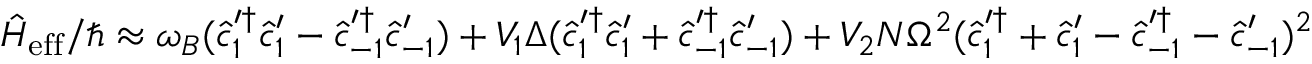
\hat { H } _ { \mathrm { e f f } } / \hbar \approx \omega _ { B } ( \hat { c } _ { 1 } ^ { \prime \dagger } \hat { c } _ { 1 } ^ { \prime } - \hat { c } _ { - 1 } ^ { \prime \dagger } \hat { c } _ { - 1 } ^ { \prime } ) + V _ { 1 } \Delta ( \hat { c } _ { 1 } ^ { \prime \dagger } \hat { c } _ { 1 } ^ { \prime } + \hat { c } _ { - 1 } ^ { \prime \dagger } \hat { c } _ { - 1 } ^ { \prime } ) + V _ { 2 } N \Omega ^ { 2 } ( \hat { c } _ { 1 } ^ { \prime \dagger } + \hat { c } _ { 1 } ^ { \prime } - \hat { c } _ { - 1 } ^ { \prime \dagger } - \hat { c } _ { - 1 } ^ { \prime } ) ^ { 2 }